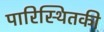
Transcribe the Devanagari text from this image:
पारिस्थितकी